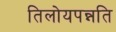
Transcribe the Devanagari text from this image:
तिलोयपन्नति